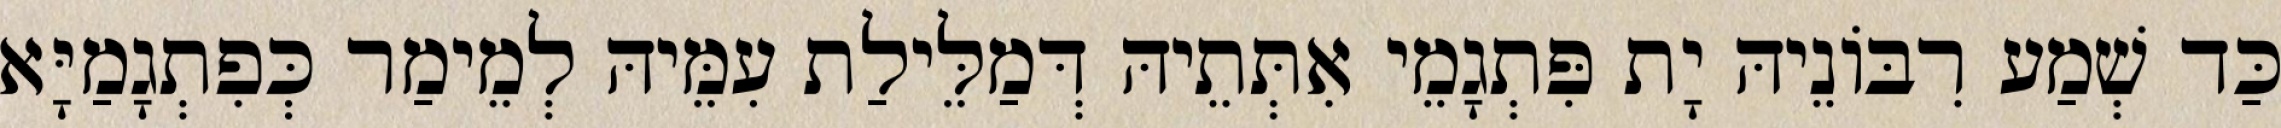
כַּד שְׁמַע רִבּוֹנֵיהּ יָת פִּתְגָמֵי אִתְּתֵיהּ דְּמַלֵּילַת עִמֵּיהּ לְמֵימַר כְּפִתְגָמַיָּא